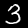
Label: 3